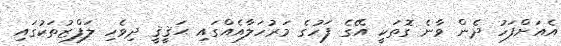
އެއަށްފަހު ދެން ވާނެ ގޮތަކީ އޭގެ ފަހުގެ މަރުހަލާއެއްގައި ޙަޤީޤީ ދިވެހި ލަފްޒުތަކުގައި